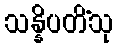
သန္နိပတိံသု